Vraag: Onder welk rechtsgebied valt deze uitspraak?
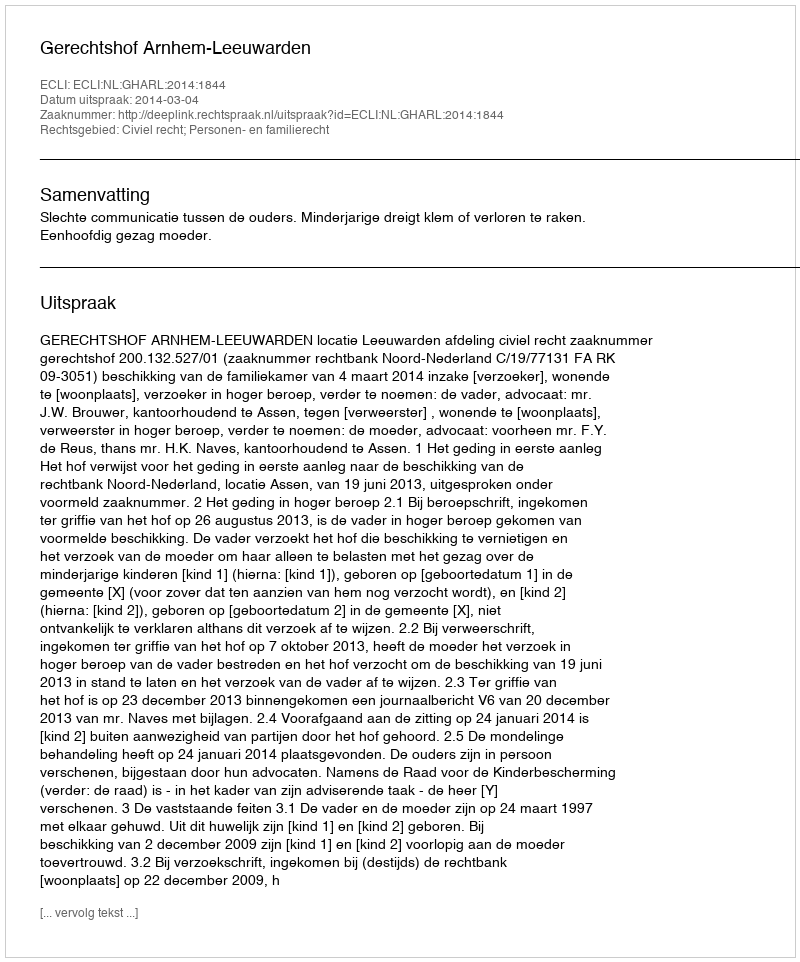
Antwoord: Civiel recht; Personen- en familierecht